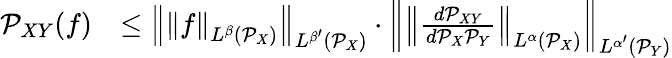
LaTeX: \begin{array}{rl}{\mathcal{P}_{XY}(f)}&{\leq\left\lVert\left\lVert f\right\rVert_{L^{\beta}(\mathcal{P}_{X})}\right\rVert_{L^{\beta^{\prime}}(\mathcal{P}_{X})}\cdot\left\lVert\left\lVert\frac{d\mathcal{P}_{XY}}{d\mathcal{P}_{X}\mathcal{P}_{Y}}\right\rVert_{L^{\alpha}(\mathcal{P}_{X})}\right\rVert_{L^{\alpha^{\prime}}(\mathcal{P}_{Y})}}\end{array}